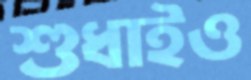
শুধাইও